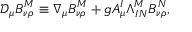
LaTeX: \mathcal { D } _ { \mu } B _ { \nu \rho } ^ { M } \equiv \nabla _ { \mu } B _ { \nu \rho } ^ { M } + g A _ { \mu } ^ { I } \Lambda _ { I N } ^ { M } B _ { \nu \rho } ^ { N } ,